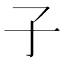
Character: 子